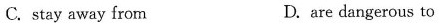
C.stay away from D. are dangerous to